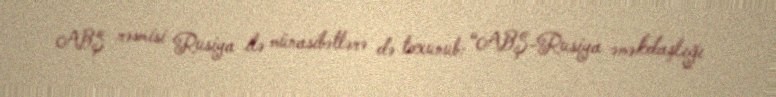
ABŞ rəsmisi Rusiya ilə münasibətlərə də toxunub: “ABŞ-Rusiya əməkdaşlığı